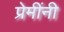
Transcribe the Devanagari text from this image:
प्रेमींनी